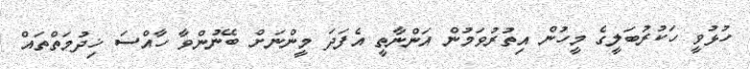
ހުޅުވީ ހަކުރުބަލީގެ މީހުން އިތުރުވަމުން އަންނާތީ އެފަދަ މީންނަށް ބޭނުންވާ ހާއްސަ ޚިދުމަތްތައް